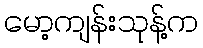
မော့ကျန်းသုန့်က